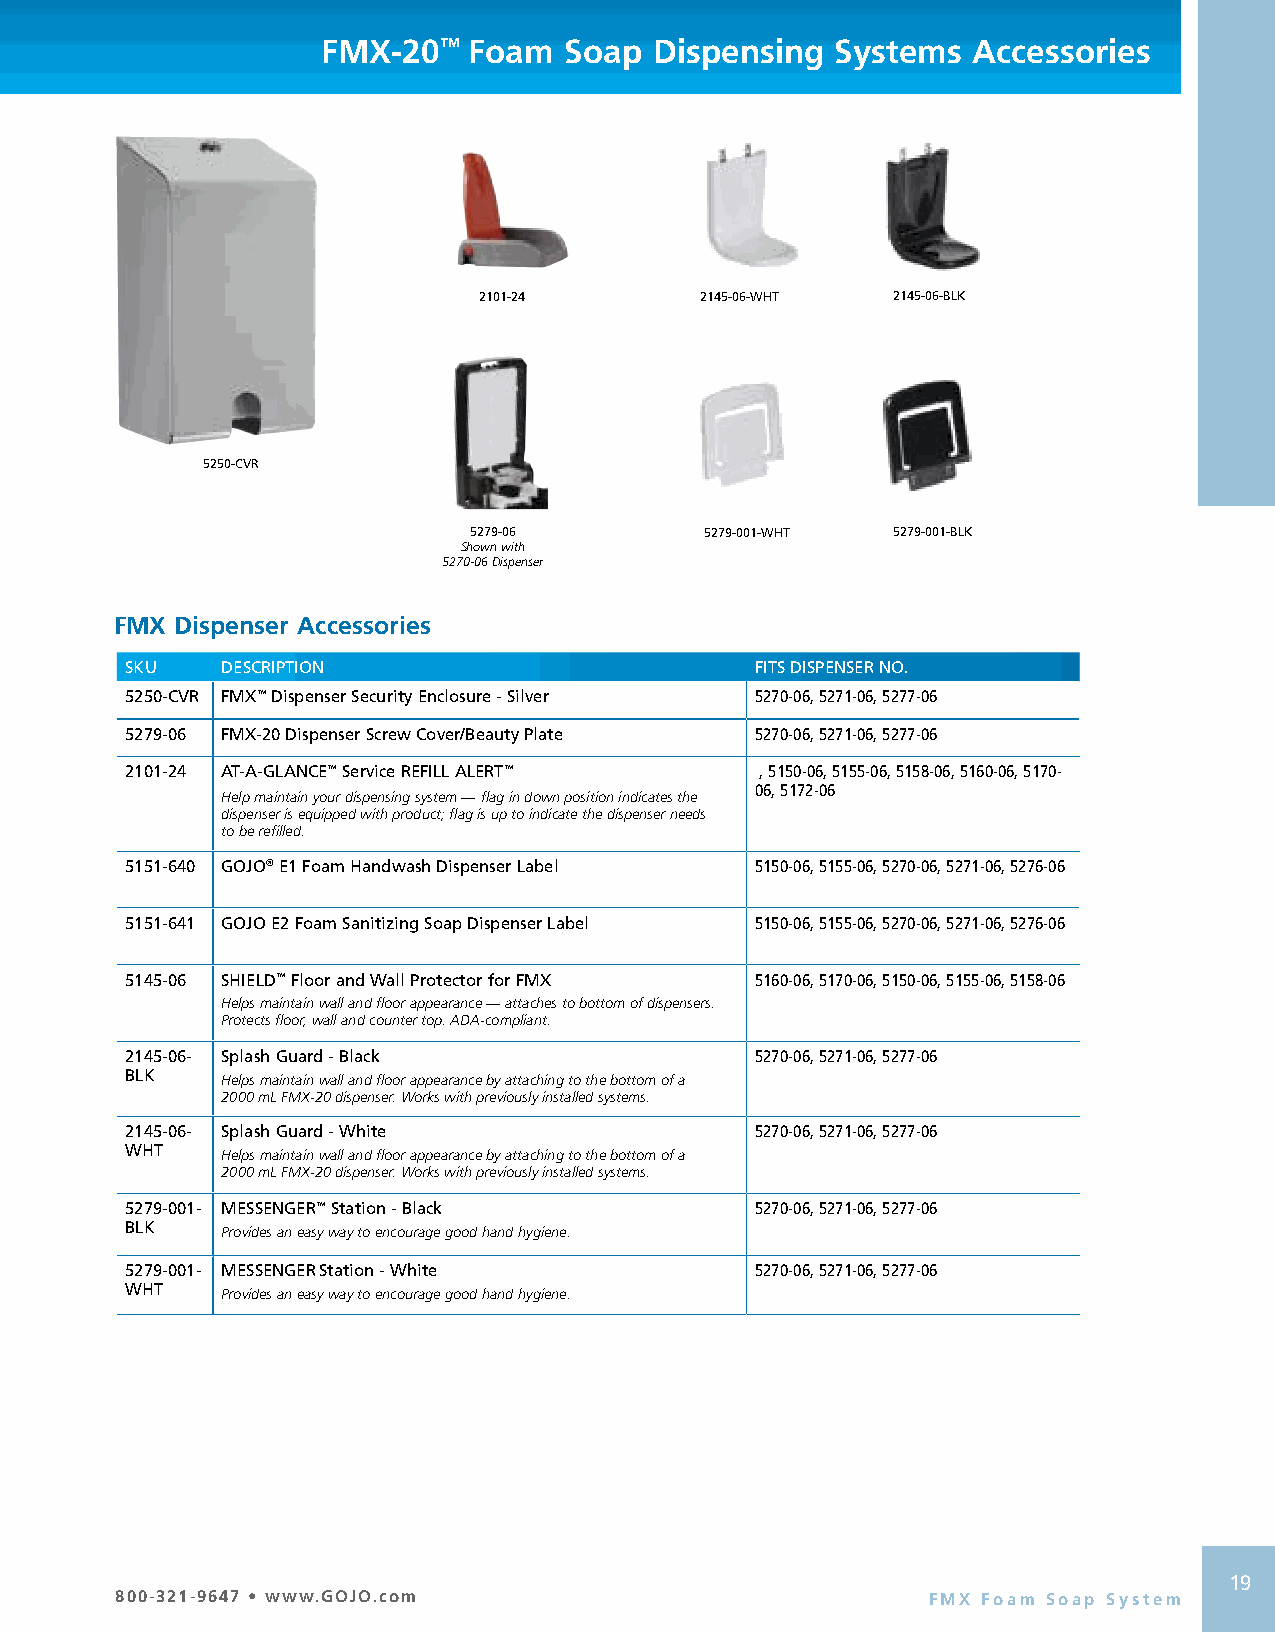
FMX-20™   Foam  Soap  Dispensing  Systems  Accessories
 2101-24       2145-06-WHT  2145-06-BLK
 5250-CVR
 5279-06         5279-001-WHT 5279-001-BLK
 Shown with
 5270-06 Dispenser
 FMX Dispenser Accessories
 SKU    DESCRIPTION                        FITS DISPENSER NO.
 5250-CVR FMX™ Dispenser Security Enclosure - Silver 5270-06, 5271-06, 5277-06
 5279-06 FMX-20 Dispenser Screw Cover/Beauty Plate 5270-06, 5271-06, 5277-06
 2101-24 AT-A-GLANCE™ Service REFILL ALERT™ , 5150-06, 5155-06, 5158-06, 5160-06, 5170-
 06, 5172-06
 Help maintain your dispensing system — flag in down position indicates the
 dispenser is equipped with product; flag is up to indicate the dispenser needs
 to be refilled.
 5151-640 GOJO® E1 Foam Handwash Dispenser Label 5150-06, 5155-06, 5270-06, 5271-06, 5276-06
 5151-641 GOJO E2 Foam Sanitizing Soap Dispenser Label 5150-06, 5155-06, 5270-06, 5271-06, 5276-06
 5145-06 SHIELD™ Floor and Wall Protector for FMX 5160-06, 5170-06, 5150-06, 5155-06, 5158-06
 Helps maintain wall and floor appearance — attaches to bottom of dispensers.
 Protects floor, wall and counter top. ADA-compliant.
 2145-06- Splash Guard - Black             5270-06, 5271-06, 5277-06
 BLK    Helps maintain wall and floor appearance by attaching to the bottom of a
 2000 mL FMX-20 dispenser. Works with previously installed systems.
 2145-06- Splash Guard - White             5270-06, 5271-06, 5277-06
 WHT    Helps maintain wall and floor appearance by attaching to the bottom of a
 2000 mL FMX-20 dispenser. Works with previously installed systems.
 5279-001- MESSENGER™ Station - Black      5270-06, 5271-06, 5277-06
 BLK    Provides an easy way to encourage good hand hygiene.
 5279-001- MESSENGER Station - White       5270-06, 5271-06, 5277-06
 WHT    Provides an easy way to encourage good hand hygiene.
 1926
 800-321-9647 • www.GOJO.com                          FMX Foam Soap System